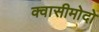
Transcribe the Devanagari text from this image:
क्वासीमोदो